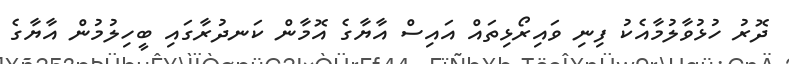
ދޮރު ހުޅުވާލުމާއެކު ފިނި ވައިރޯޅިތައް އައިސް އާޔާގެ އޮމާން ކަނދުރާގައި ބީހިލުމުން އާޔާގެ